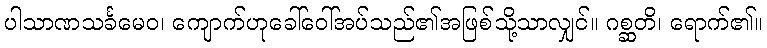
ပါသာဏသင်္ခမေဝ၊ ကျောက်ဟုခေါ်ဝေါ်အပ်သည်၏အဖြစ်သို့သာလျှင်။ ဂစ္ဆတိ၊ ရောက်၏။